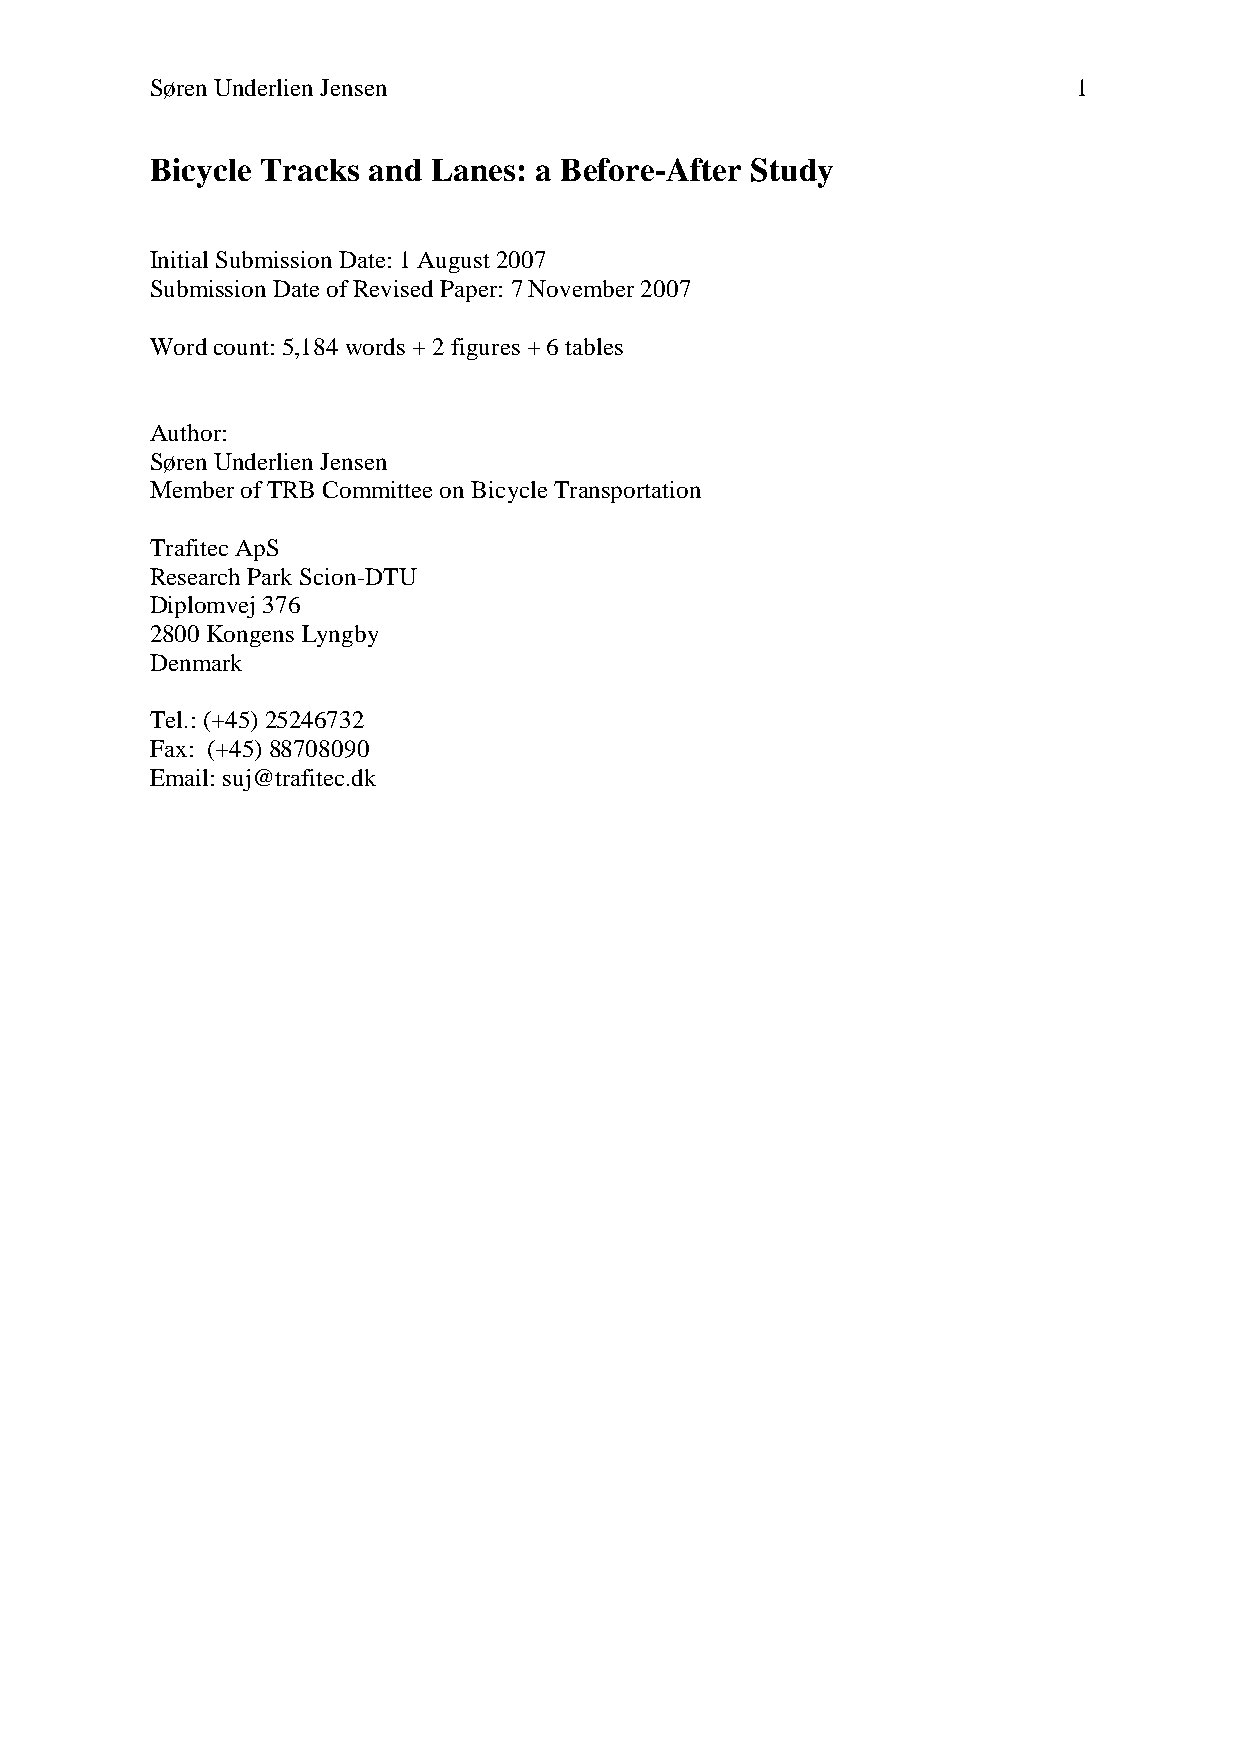
Søren Underlien Jensen                                       1
 Bicycle Tracks and Lanes: a Before-After Study
 Initial Submission Date: 1 August 2007
 Submission Date of Revised Paper: 7 November 2007
 Word count: 5,184 words + 2 figures + 6 tables
 Author:
 Søren Underlien Jensen
 Member of TRB Committee on Bicycle Transportation
 Trafitec ApS
 Research Park Scion-DTU
 Diplomvej 376
 2800 Kongens Lyngby
 Denmark
 Tel.: (+45) 25246732
 Fax: (+45) 88708090
 Email: suj@trafitec.dk